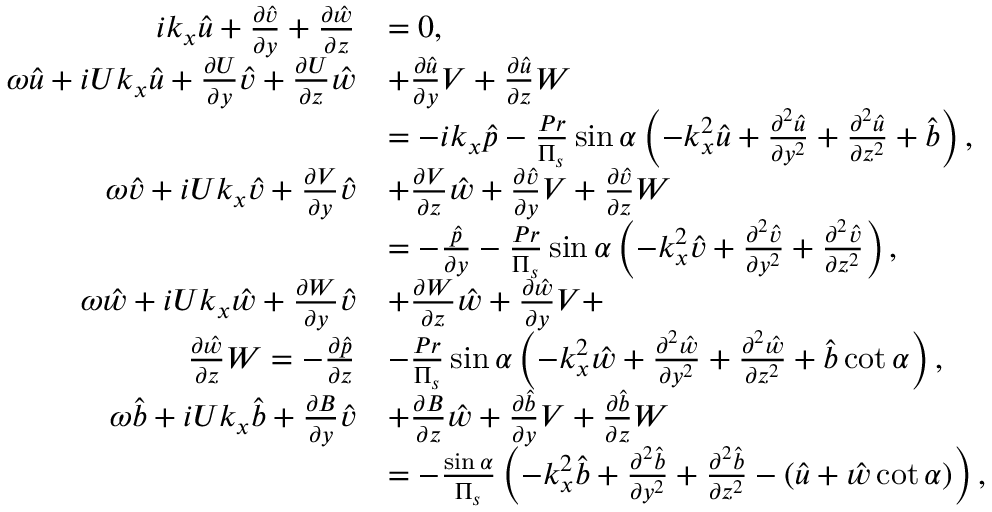
\begin{array} { r l } { i k _ { x } \hat { u } + \frac { \partial \hat { v } } { \partial y } + \frac { \partial \hat { w } } { \partial z } } & { = 0 , } \\ { \omega \hat { u } + i U k _ { x } \hat { u } + \frac { \partial U } { \partial y } \hat { v } + \frac { \partial U } { \partial z } \hat { w } } & { + \frac { \partial \hat { u } } { \partial y } V + \frac { \partial \hat { u } } { \partial z } W } \\ & { = - i k _ { x } \hat { p } - \frac { P r } { \Pi _ { s } } \sin \alpha \left( - k _ { x } ^ { 2 } \hat { u } + \frac { \partial ^ { 2 } \hat { u } } { \partial y ^ { 2 } } + \frac { \partial ^ { 2 } \hat { u } } { \partial z ^ { 2 } } + \hat { b } \right) , } \\ { \omega \hat { v } + i U k _ { x } \hat { v } + \frac { \partial V } { \partial y } \hat { v } } & { + \frac { \partial V } { \partial z } \hat { w } + \frac { \partial \hat { v } } { \partial y } V + \frac { \partial \hat { v } } { \partial z } W } \\ & { = - \frac { \hat { p } } { \partial y } - \frac { P r } { \Pi _ { s } } \sin \alpha \left( - k _ { x } ^ { 2 } \hat { v } + \frac { \partial ^ { 2 } \hat { v } } { \partial y ^ { 2 } } + \frac { \partial ^ { 2 } \hat { v } } { \partial z ^ { 2 } } \right) , } \\ { \omega \hat { w } + i U k _ { x } \hat { w } + \frac { \partial W } { \partial y } \hat { v } } & { + \frac { \partial W } { \partial z } \hat { w } + \frac { \partial \hat { w } } { \partial y } V + } \\ { \frac { \partial \hat { w } } { \partial z } W = - \frac { \partial \hat { p } } { \partial z } } & { - \frac { P r } { \Pi _ { s } } \sin \alpha \left( - k _ { x } ^ { 2 } \hat { w } + \frac { \partial ^ { 2 } \hat { w } } { \partial y ^ { 2 } } + \frac { \partial ^ { 2 } \hat { w } } { \partial z ^ { 2 } } + \hat { b } \cot \alpha \right) , } \\ { \omega \hat { b } + i U k _ { x } \hat { b } + \frac { \partial B } { \partial y } \hat { v } } & { + \frac { \partial B } { \partial z } \hat { w } + \frac { \partial \hat { b } } { \partial y } V + \frac { \partial \hat { b } } { \partial z } W } \\ & { = - \frac { \sin \alpha } { \Pi _ { s } } \left( - k _ { x } ^ { 2 } \hat { b } + \frac { \partial ^ { 2 } \hat { b } } { \partial y ^ { 2 } } + \frac { \partial ^ { 2 } \hat { b } } { \partial z ^ { 2 } } - ( \hat { u } + \hat { w } \cot \alpha ) \right) , } \end{array}